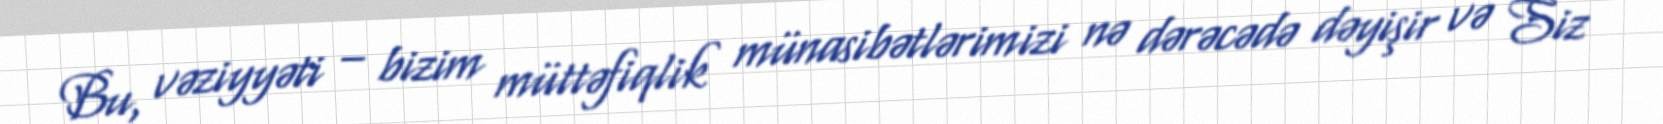
Bu, vəziyyəti – bizim müttəfiqlik münasibətlərimizi nə dərəcədə dəyişir və Siz